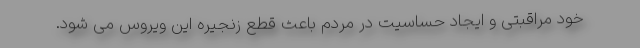
خود مراقبتی و ایجاد حساسیت در مردم باعث قطع زنجیره این ویروس می شود.